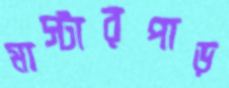
মাস্টারপাড়